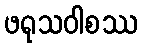
ဖရုသဝါစဿ